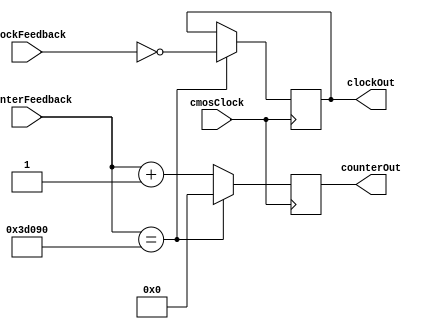
`timescale 1ns / 1ps
////////////////////////////////////////////////////////////////////////////////
// Module Name: Display Counter
//
// Description: Acts as a counter, inverting the output signal such that the
//              output frequency is 200 Hz, suitable for driving a display.
////////////////////////////////////////////////////////////////////////////////


module DisplayCounter (
    // Inputs
    input cmosClock,
    input [17:0] counterFeedback,
    input clockFeedback,
    // Outputs
    output reg [17:0] counterOut,
    output reg clockOut
    );

    // Initialize counter state
    initial begin
        clockOut = 0;
        counterOut = 0;
    end

    // Count up clock and feedback values
    always @(posedge cmosClock) begin
        if (counterFeedback == 250000) begin // Invert 400x per second
            clockOut = ~clockFeedback;
            counterOut <= 0;
        end else begin
            counterOut <= counterFeedback + 1;
        end
    end

endmodule